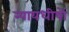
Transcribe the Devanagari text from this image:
न्यायधीषों